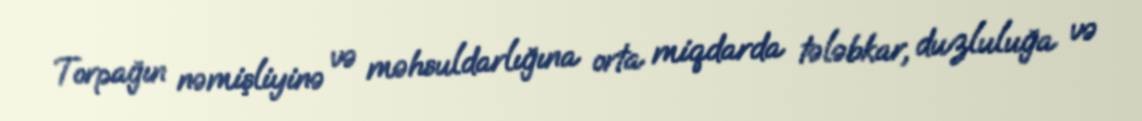
Torpağın nəmişliyinə və məhsuldarlığına orta miqdarda tələbkar, duzluluğa və